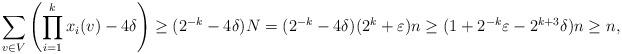
LaTeX: \begin{align*}\sum_{v \in V} \left( \prod_{i=1}^k x_i(v)-4 \delta \right)&\geq (2^{-k}-4 \delta)N=(2^{-k}-4 \delta)(2^k+\varepsilon)n\geq(1+2^{-k} \varepsilon-2^{k+3}\delta)n\geq n,\end{align*}